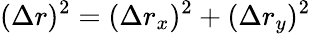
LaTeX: (\Delta r)^{2}=(\Delta r_{x})^{2}+(\Delta r_{y})^{2}